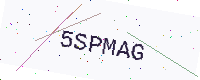
Text: 5SPMAG